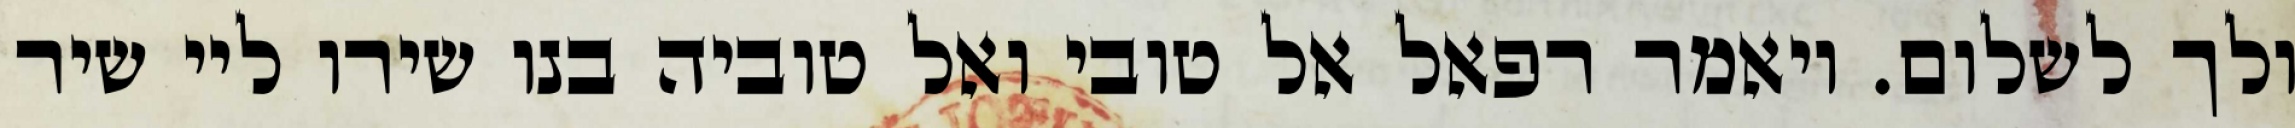
ולך לשלום. ויאמר רפאל אל טובי ואל טוביה בנו שירו ליי שיר